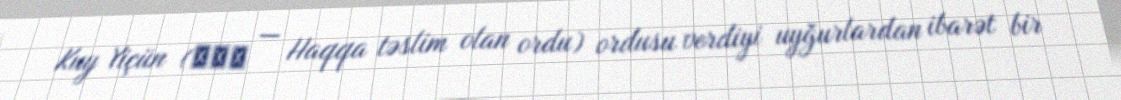
Kuy Yiçün (歸義軍 — Haqqa təslim olan ordu) ordusu verdiyi uyğurlardan ibarət bir